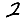
Digit: 2